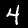
Digit: 4